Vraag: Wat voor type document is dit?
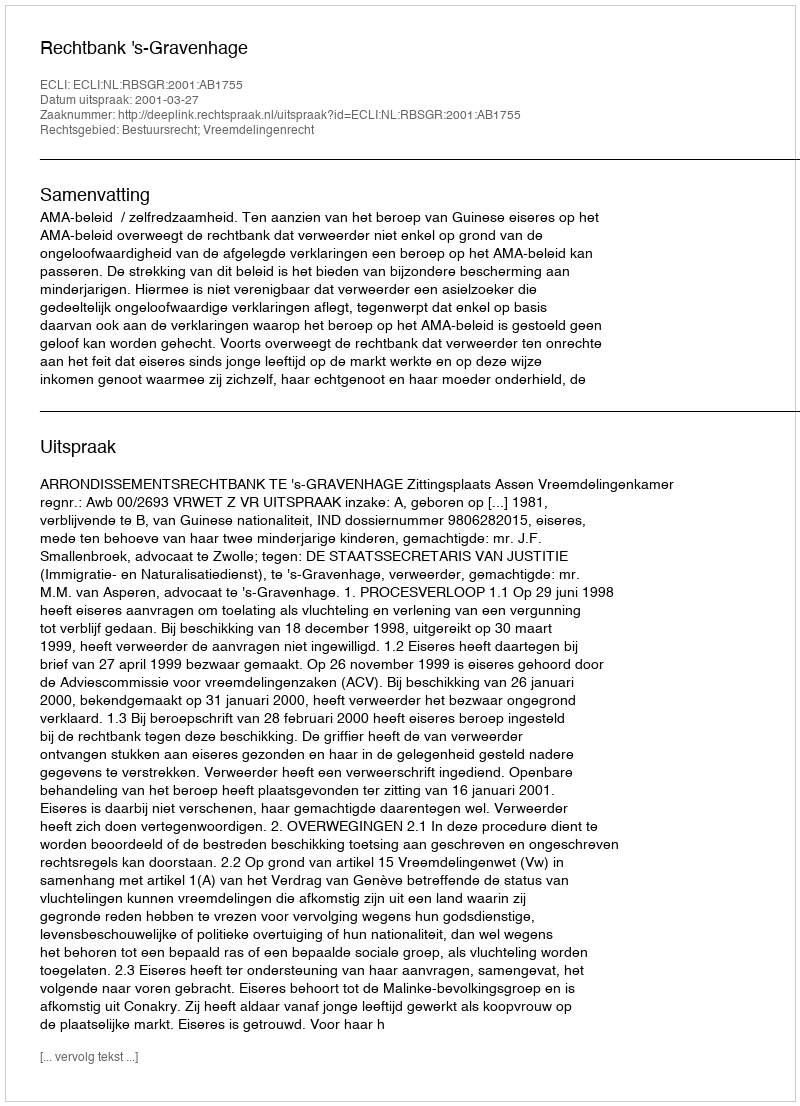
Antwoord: Uitspraak